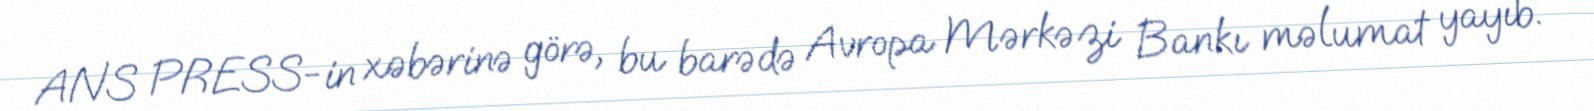
ANS PRESS-in xəbərinə görə, bu barədə Avropa Mərkəzi Bankı məlumat yayıb.